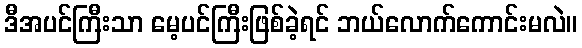
ဒီအပင်ကြီးသာ မေ့ပင်ကြီးဖြစ်ခဲ့ရင် ဘယ်လောက်ကောင်းမလဲ။